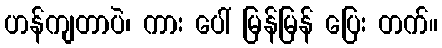
ဟန်ကျတာပဲ၊ ကား ပေါ် မြန်မြန် ပြေး တက်။